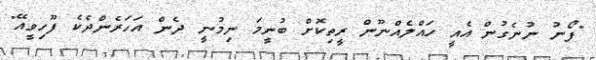
"ފޯނު ނުނެގުން އެއީ ހައްލެއްނޫން ރީތިކޮށް ބުނީމަ ނިމުނީ ދެން އަހަރެންދެކެ ފޫހިވީއޭ"